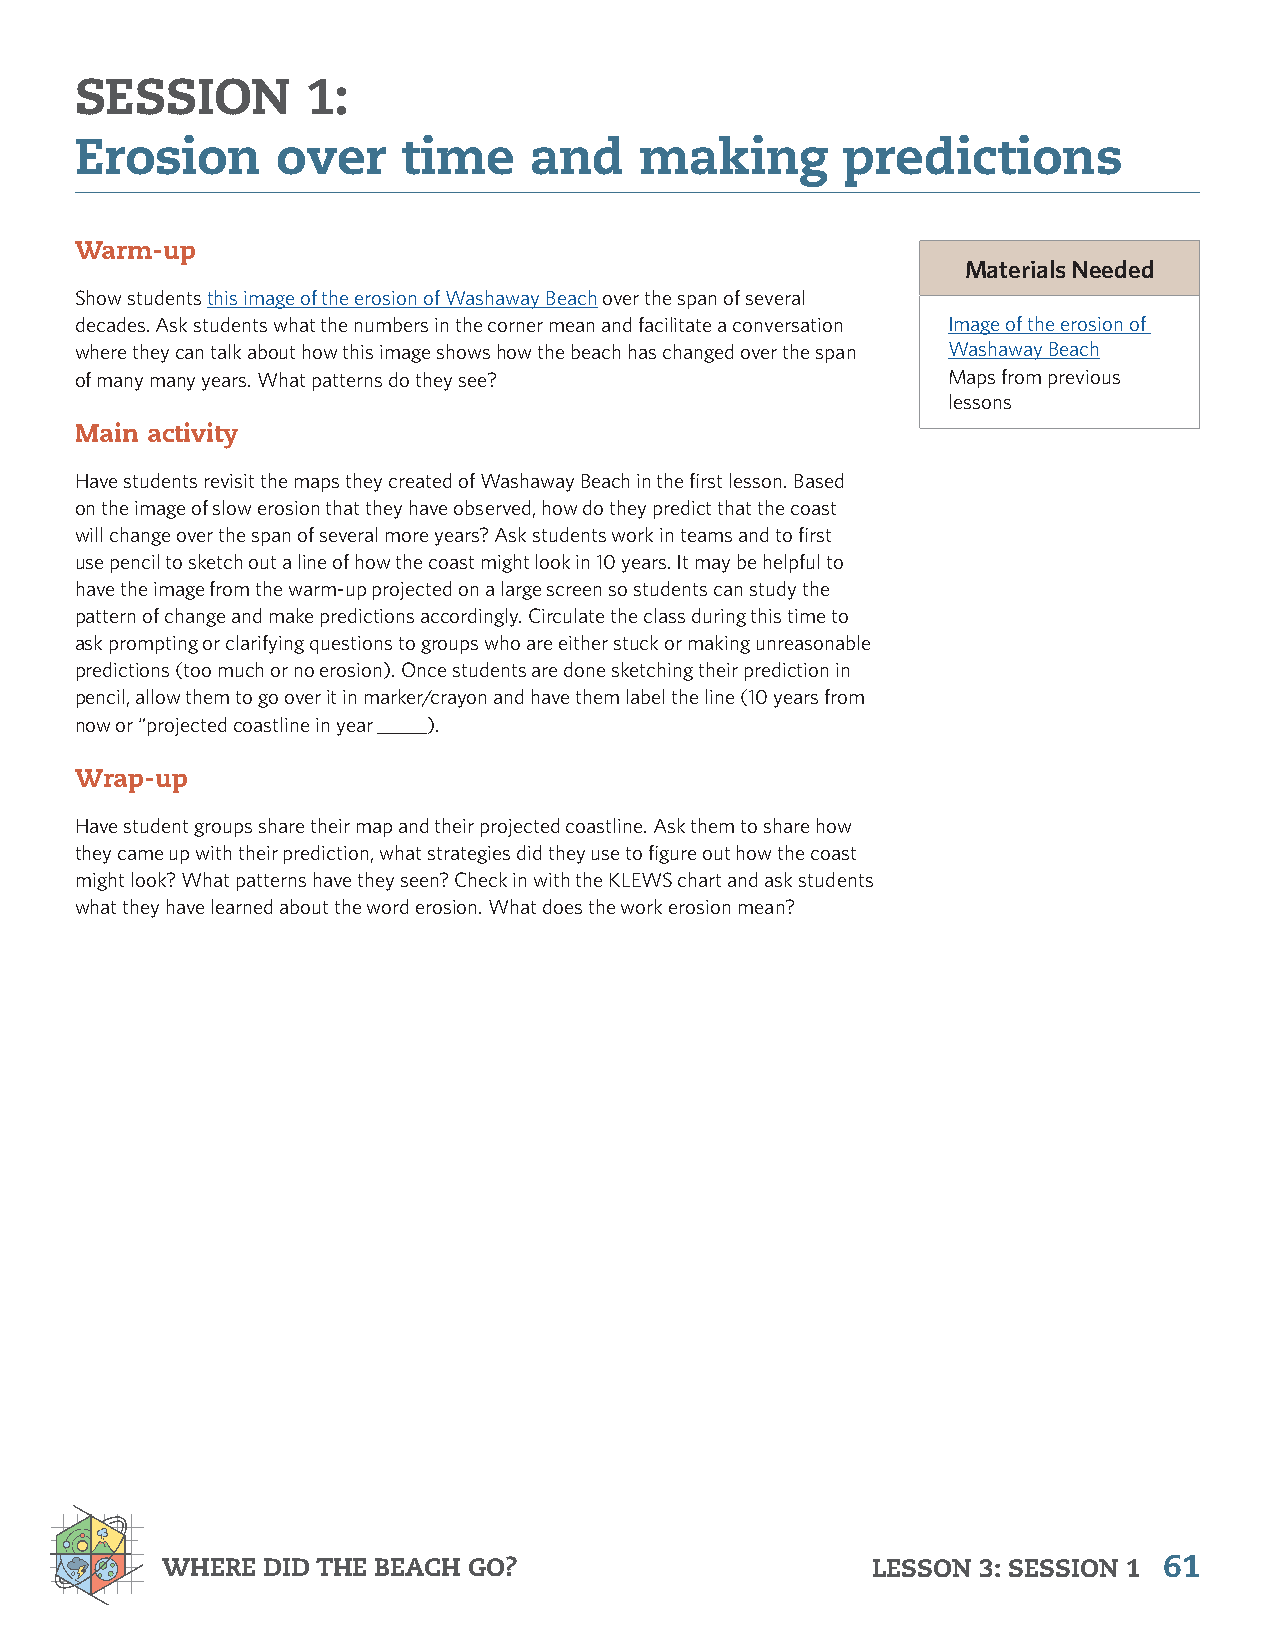
SESSION        1:
 Erosion      over     time    and    making        predictions
 Warm-up
 Materials Needed
 Show students this image of the erosion of Washaway Beach over the span of several
 decades. Ask students what the numbers in the corner mean and facilitate a conversation Image of the erosion of
 where they can talk about how this image shows how the beach has changed over the span Washaway Beach
 of many many years. What patterns do they see?            Maps from previous
 lessons
 Main activity
 Have students revisit the maps they created of Washaway Beach in the first lesson. Based
 on the image of slow erosion that they have observed, how do they predict that the coast
 will change over the span of several more years? Ask students work in teams and to first
 use pencil to sketch out a line of how the coast might look in 10 years. It may be helpful to
 have the image from the warm-up projected on a large screen so students can study the
 pattern of change and make predictions accordingly. Circulate the class during this time to
 ask prompting or clarifying questions to groups who are either stuck or making unreasonable
 predictions (too much or no erosion). Once students are done sketching their prediction in
 pencil, allow them to go over it in marker/crayon and have them label the line (10 years from
 now or “projected coastline in year _____).
 Wrap-up
 Have student groups share their map and their projected coastline. Ask them to share how
 they came up with their prediction, what strategies did they use to figure out how the coast
 might look? What patterns have they seen? Check in with the KLEWS chart and ask students
 what they have learned about the word erosion. What does the work erosion mean?
 WHERE DID THE BEACH GO?                        LESSON 3: SESSION 1 61